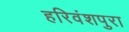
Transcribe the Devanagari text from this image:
हरिवंशपुरा